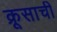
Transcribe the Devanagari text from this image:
क्रूसाची